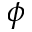
\phi